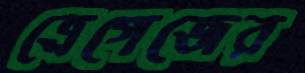
ত্রেগেজের